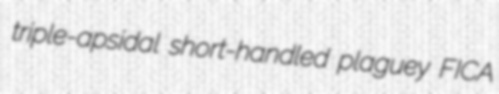
triple-apsidal short-handled plaguey FICA